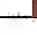
عجوزا